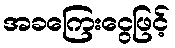
အခကြေးငွေဖြင့်